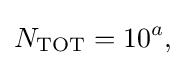
N_{\mathrm {TOT} }=10^{a},\